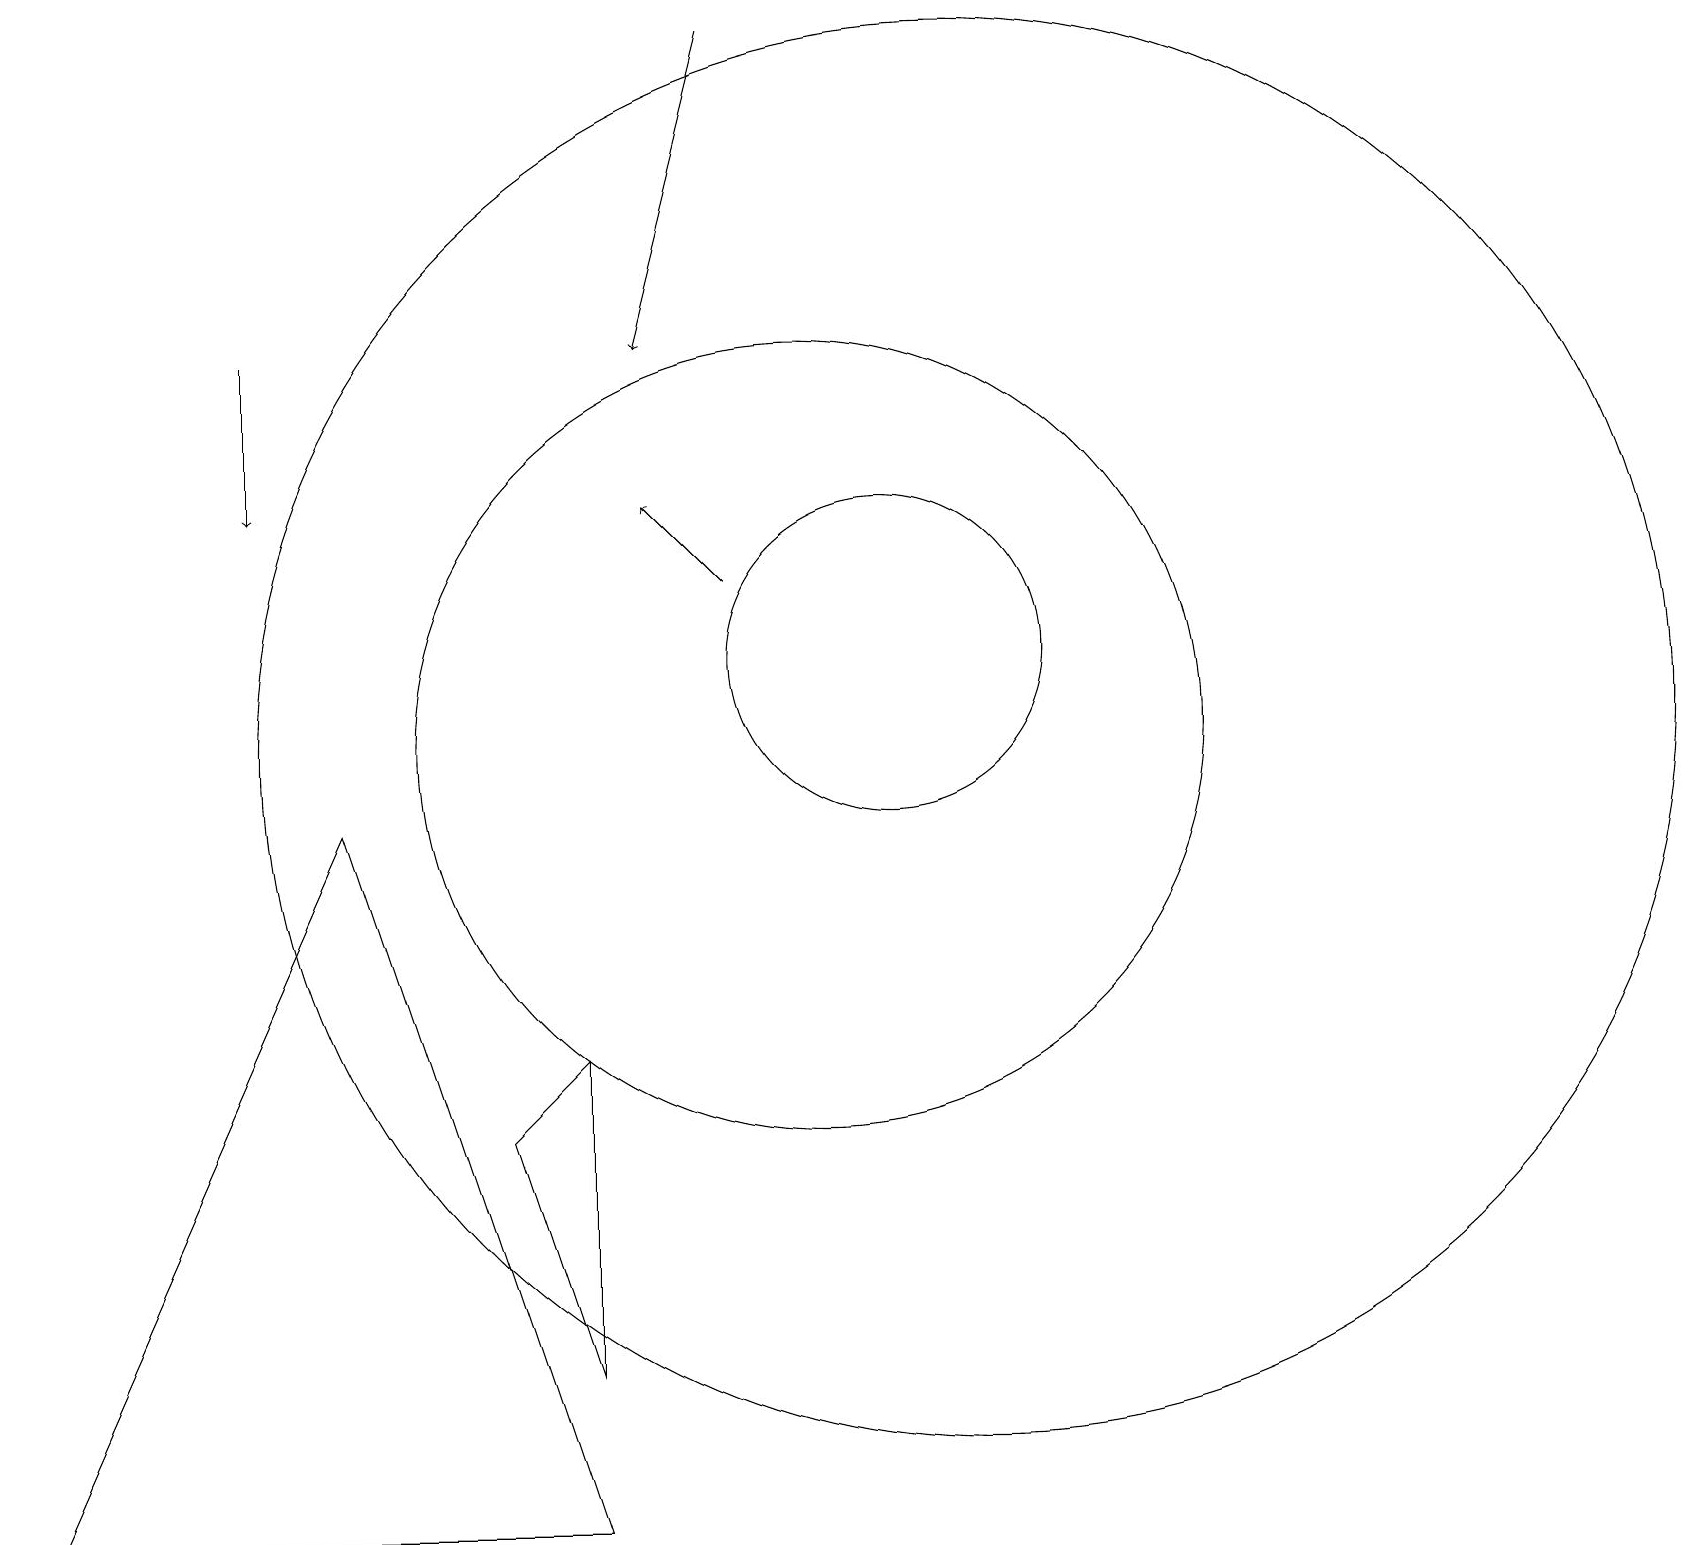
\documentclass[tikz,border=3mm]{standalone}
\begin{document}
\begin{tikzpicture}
\draw (4,9) -- (0,0) -- (7,0) -- cycle;
\draw (12,10) circle (9);
\draw[->] (9,12) -- (8,13);
\draw (11,11) circle (2);
\draw[->] (9,19) -- (8,15);
\draw (10,10) circle (5);
\draw (7,6) -- (7,2) -- (6,5) -- cycle;
\draw[->] (3,15) -- (3,13);
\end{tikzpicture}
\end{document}